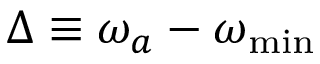
\Delta \equiv \omega _ { a } - \omega _ { \mathrm { { m i n } } }